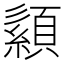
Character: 𦅨